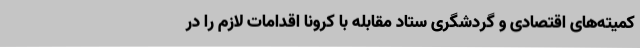
کمیته‌های اقتصادی و گردشگری ستاد مقابله با کرونا اقدامات لازم را در